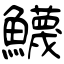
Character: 鱴